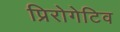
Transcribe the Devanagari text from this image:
प्रिरोगेटिव